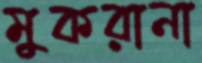
মুকরানা